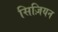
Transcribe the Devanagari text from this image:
सिज़ियन